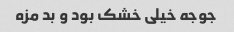
جوجه خیلى خشک بود و بد مزه